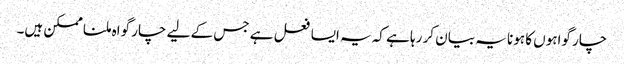
چار گواہوں کا ہونا یہ بیان کر رہا ہے کہ یہ ایسا فعل ہے جس کے لیے چار گواہ ملنا ممکن ہیں۔